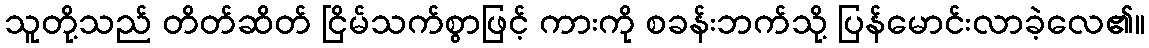
သူတို့သည် တိတ်ဆိတ် ငြိမ်သက်စွာဖြင့် ကားကို စခန်းဘက်သို့ ပြန်မောင်းလာခဲ့လေ၏။